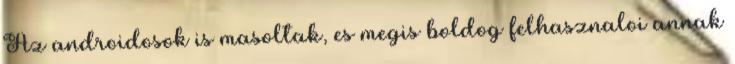
Az androidosok is masoltak, es megis boldog felhasznaloi annak